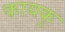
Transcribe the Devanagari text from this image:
कायकू